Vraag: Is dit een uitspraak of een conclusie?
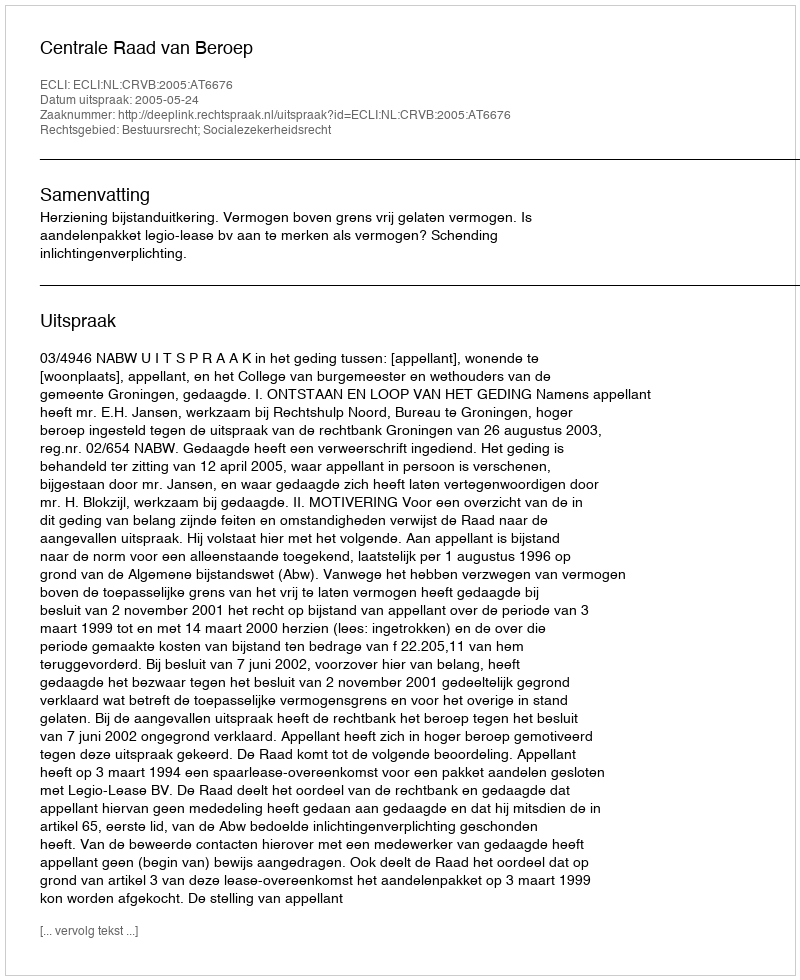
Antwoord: Uitspraak